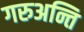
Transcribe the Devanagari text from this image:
गरुअन्ति